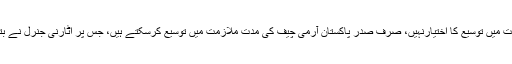
چیف جسٹس نے کہا وزیراعظم کو تو آرمی چیف کی مدت ملازمت میں توسیع کا اختیارنہیں، صرف صدر پاکستان آرمی چیف کی مدت ملازمت میں توسیع کرسکتے ہیں، جس پر اٹارنی جنرل نے بتایا مدت ملازمت میں توسیع صدر کی منظوری کے بعد کی گئی۔